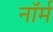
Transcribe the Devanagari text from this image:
नाॅर्म